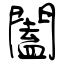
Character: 闔